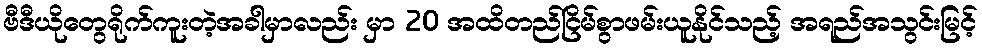
ဗီဒီယိုတွေရိုက်ကူးတဲ့အခါမှာလည်း မှာ 20 အထိတည်ငြိမ်စွာဖမ်းယူနိုင်သည့် အရည်အသွင်းမြင့်